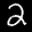
Label: 2